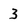
Character: 3